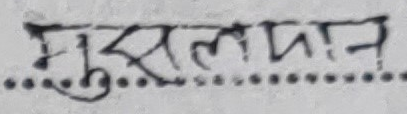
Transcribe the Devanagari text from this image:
मुसलन